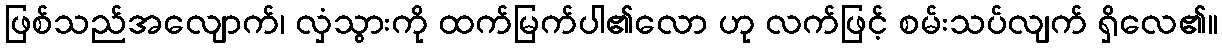
ဖြစ်သည်အလျောက်၊ လှံသွားကို ထက်မြက်ပါ၏လော ဟု လက်ဖြင့် စမ်းသပ်လျက် ရှိလေ၏။